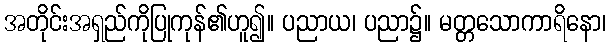
အတိုင်းအရှည်ကိုပြုကုန်၏ဟူ၍။ ပညာယ၊ ပညာ၌။ မတ္တသောကာရိနော၊